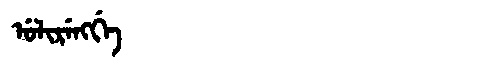
Manchu: ᡠᠯᡳᡵᡝᠩᡤᡝ
Romanization: ULIRENGGE